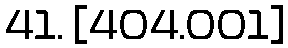
41. [404.001]